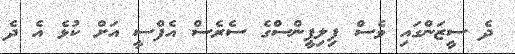
ދެ ސީޒަންގައި ވެސް ފިލިޕީންސްގެ ސެރެސް އެފްސީ އަށް ކުޅެ އެ ދެ